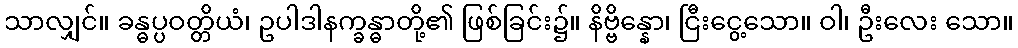
သာလျှင်။ ခန္ဓပ္ပဝတ္တိယံ၊ ဥပါဒါနက္ခန္ဓာတို့၏ ဖြစ်ခြင်း၌။ နိဗ္ဗိန္နော၊ ငြီးငွေ့သော။ ဝါ၊ ဦးလေး သော။